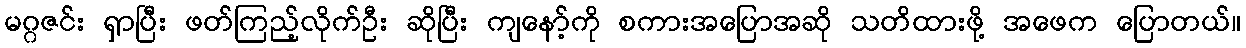
မဂ္ဂဇင်း ရှာပြီး ဖတ်ကြည့်လိုက်ဦး ဆိုပြီး ကျနော့်ကို စကားအပြောအဆို သတိထားဖို့ အဖေက ပြောတယ်။